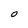
Character: O